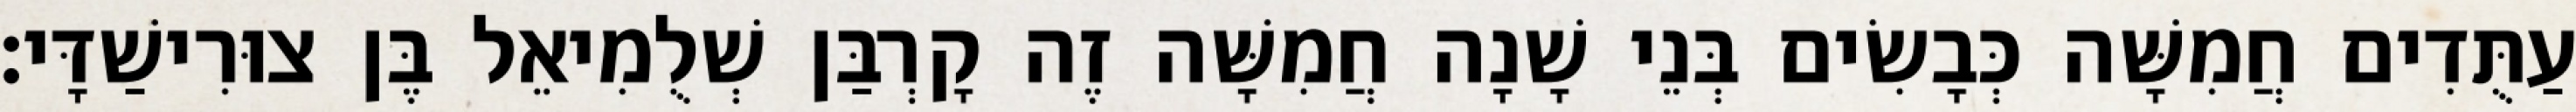
עַתֻּדִים חֲמִשָּׁה כְּבָשִׂים בְּנֵי שָׁנָה חֲמִשָּׁה זֶה קָרְבַּן שְׁלֻמִיאֵל בֶּן צוּרִישַׁדָּי׃